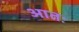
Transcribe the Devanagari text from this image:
आतः